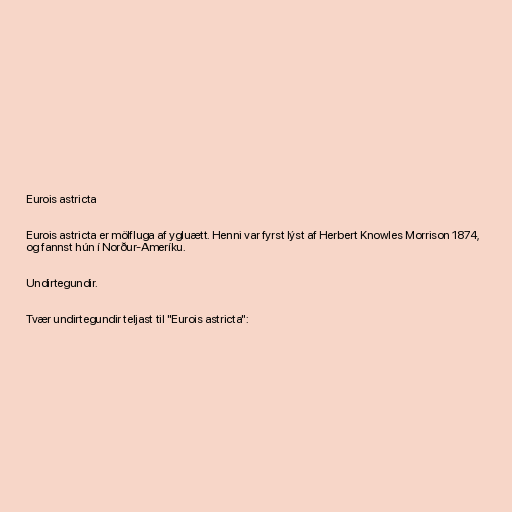
Eurois astricta

Eurois astricta er mölfluga af ygluætt. Henni var fyrst lýst af Herbert Knowles Morrison 1874,
og fannst hún í Norður-Ameríku.

Undirtegundir.

Tvær undirtegundir teljast til "Eurois astricta":